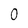
Character: 0